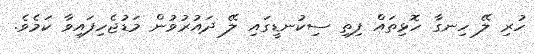
ހުރި ލޭ ހިނގާ ހޮޅިތައް ފިތި ސިކުނޑީގައި ލޭ ދައުރުވުން މަޑުޖެހިފައިވާ ކަމެވެ.